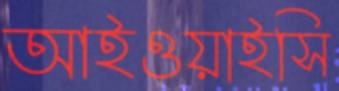
আইওয়াইসি